Report on vaccination in the Province of Bengal - 1869-1873
Year: 1869
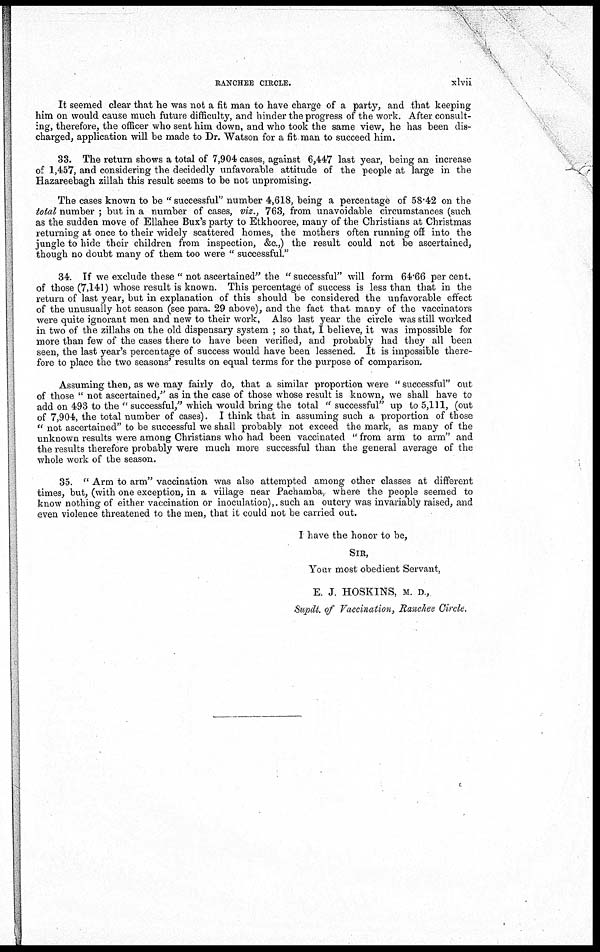
RANCHEE CIRCLE.
xlvii
It seemed clear that he was not a fit man to have charge of a party, and that keeping
him on would cause much future difficulty, and hinder the progress of the work. After consult-
ing, therefore, the officer who sent him down, and who took the same view, he has been dis-
charged, application will be made to Dr. Watson for a fit man to succeed him.
33. The return shows a total of 7,904 cases, against 6,447 last year, being an increase
of 1,457, and considering the decidedly unfavorable attitude of the people at large in the
Hazareebagh zillah this result seems to be not unpromising.
The cases known to be " successful" number 4,618, being a percentage of 58.42 on the
total number ; but in a number of cases, viz., 763, from unavoidable circumstances (such
as the sudden move of Ellahee Bux's party to Etkhooree, many of the Christians at Christmas
returning at once to their widely scattered homes, the mothers often running off into the
jungle to hide their children from inspection, &c.,) the result could not be ascertained,
though no doubt many of them too were " successful."
34. If we exclude these " not ascertained" the " successful" will form 64.66 per cent.
of those (7,141) whose result is known. This percentage of success is less than that in the
return of last year, but in explanation of this should be considered the unfavorable effect
of the unusually hot season (see para. 29 above), and the fact that many of the vaccinators
were quite ignorant men and new to their work, Also last year the circle was still worked
in two of the zillahs on the old dispensary system ; so that, I believe, it was impossible for
more than few of the cases there to have been verified, and probably had they all been
seen, the last year's percentage of success would have been lessened. It is impossible there-
fore to place the two seasons' results on equal terms for the purpose of comparison.
Assuming then, as we may fairly do, that a similar proportion were " successful" out
of those " not ascertained," as in the case of those whose result is known, we shall have to
add on 493 to the " successful," which would bring the total " successful" up to 5,111, (out
of 7,904, the total number of cases). I think that in assuming such a proportion of those
" not ascertained" to be successful we shall probably not exceed the mark, as many of the
unknown results were among Christians who had been vaccinated " from arm to arm" and
the results therefore probably were much more successful than the general average of the
whole work of the season.
35. " Arm to arm" vaccination was also attempted among other classes at different
times, but, (with one exception, in a village near Pachamba, where the people seemed to
know nothing of either vaccination or inoculation),. such an outcry was invariably raised, and
even violence threatened to the men, that it could not be carried out.
I have the honor to be,
SIR,
Your most obedient Servant,
E. J. HOSKINS, M. D.,
Supdt. of Vaccination, Ranchee Circle.